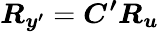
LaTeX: \boldsymbol{R_{y^{\prime}}}=\boldsymbol{C^{\prime}}\boldsymbol{R_{u}}